Janeda_(Ambla)_vallavalitsus, lk 47
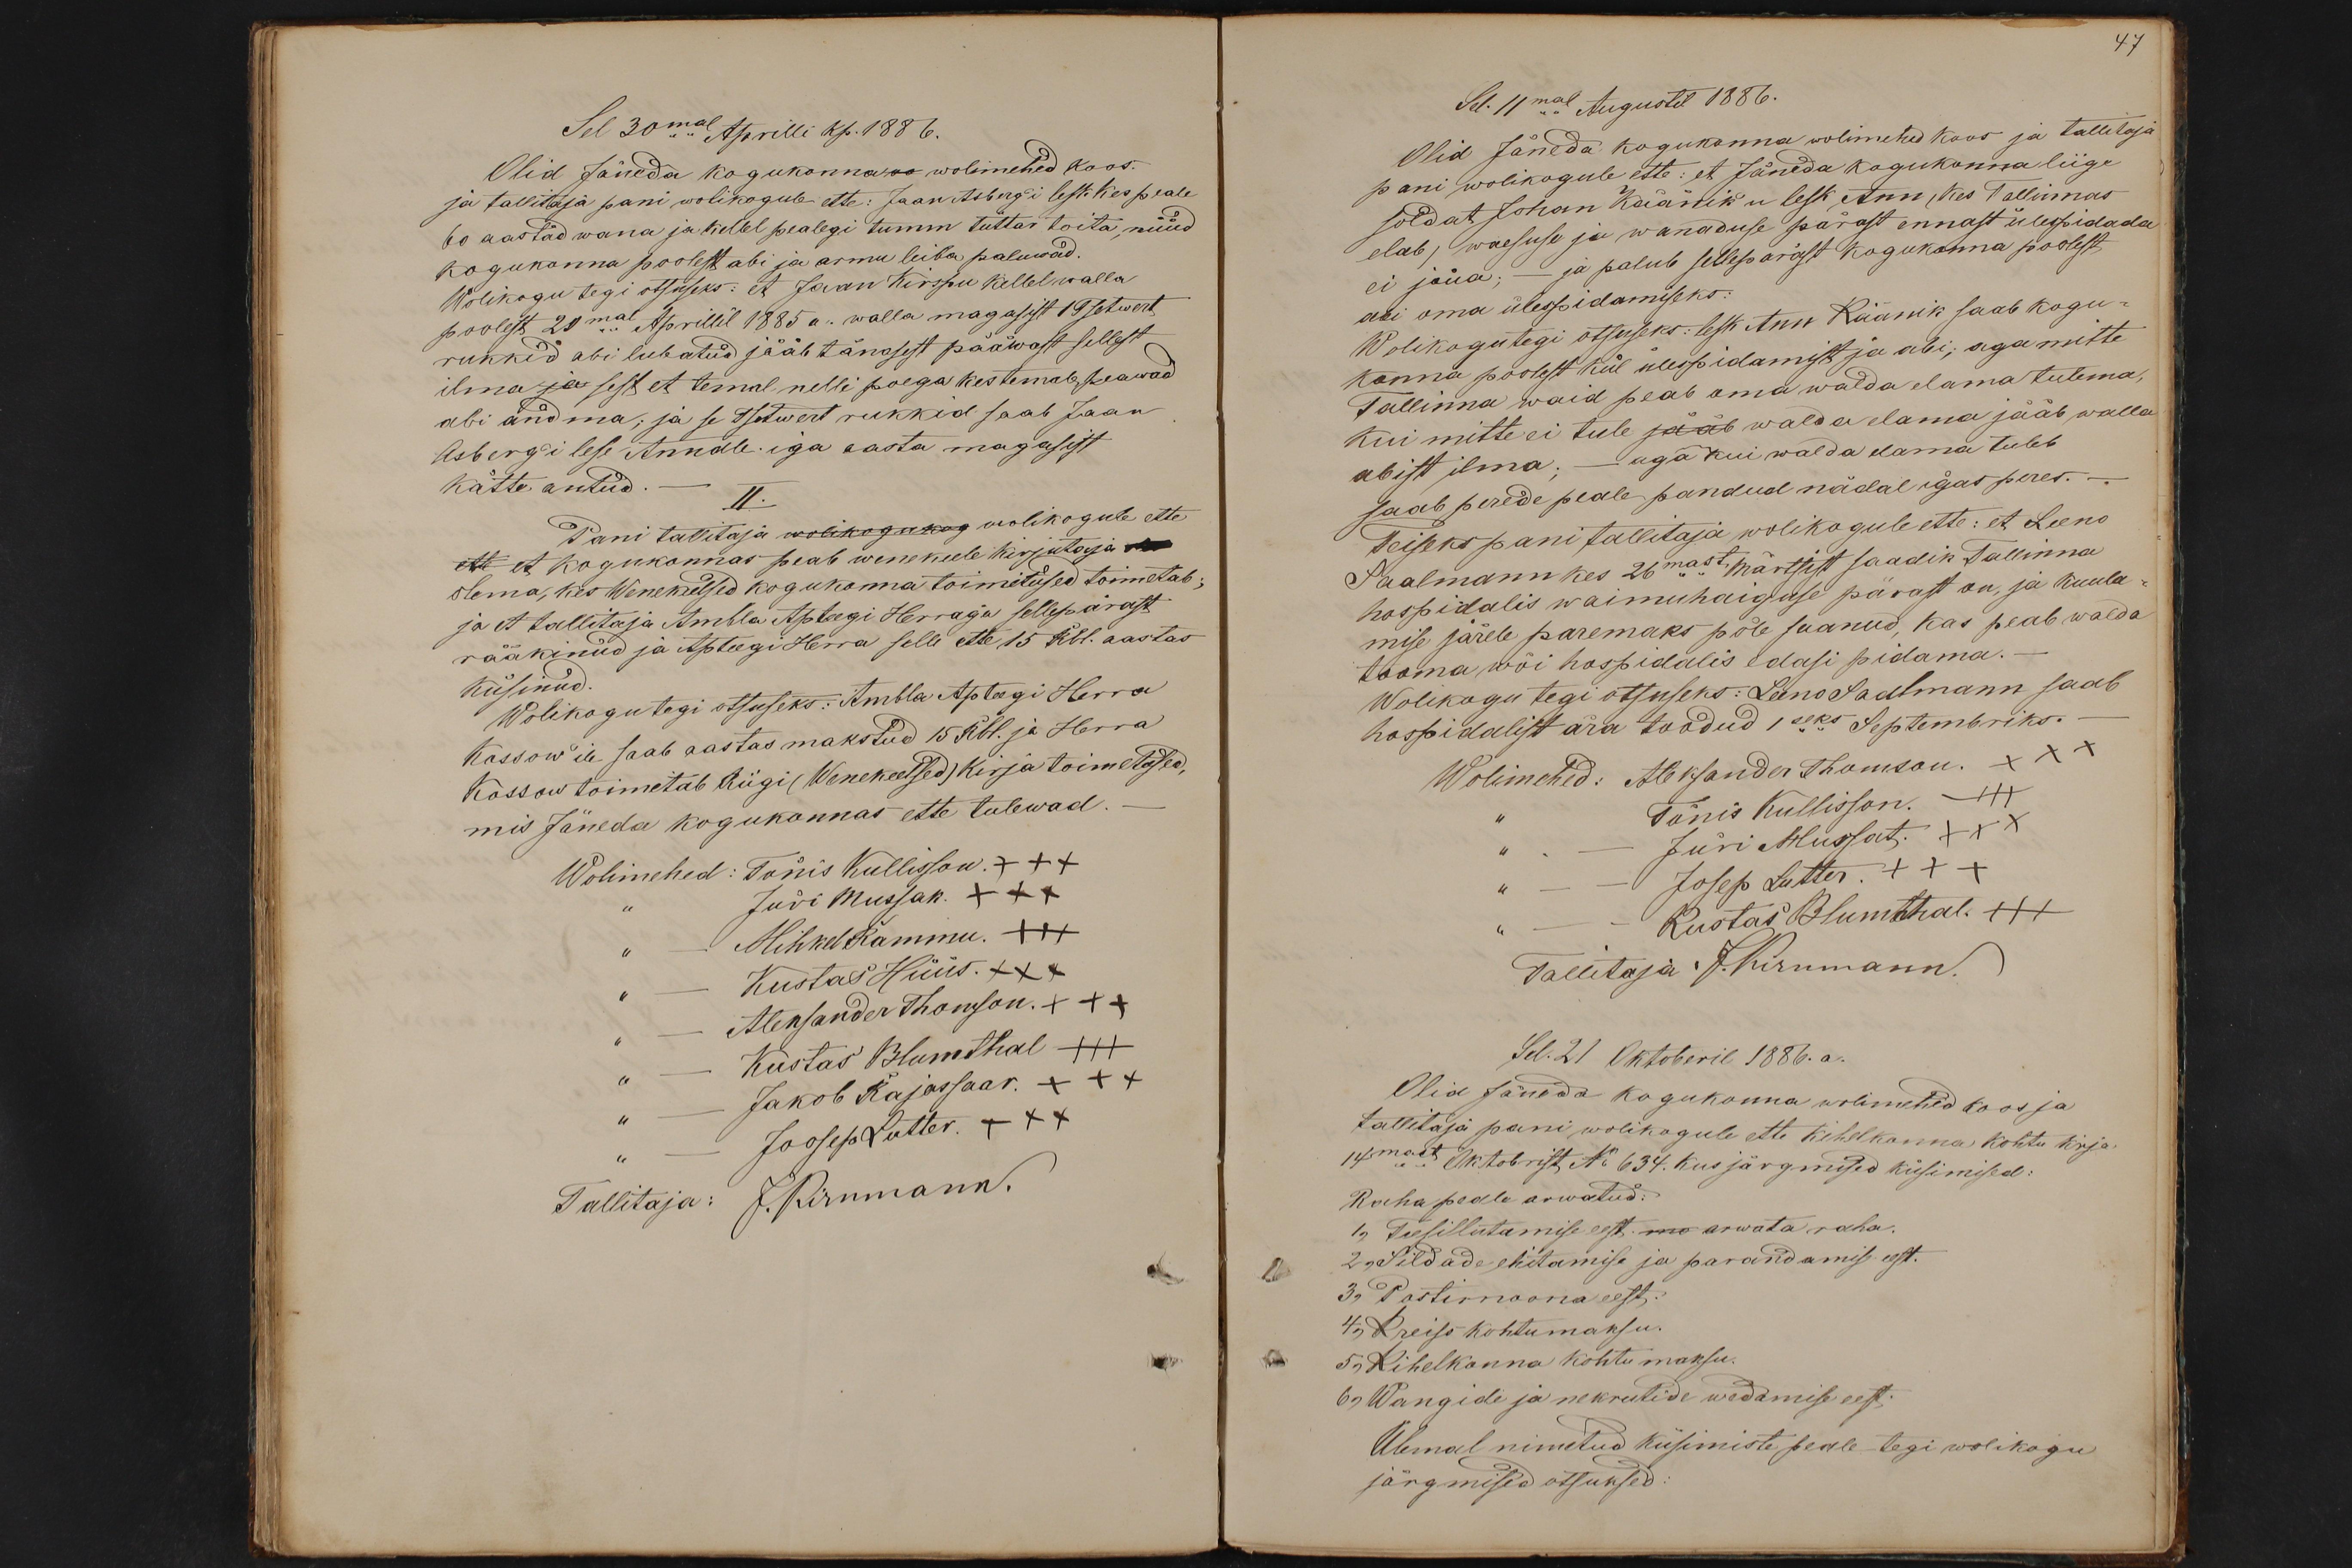
Sel 30mal Aprilli kp. 1886.
Olid Jäneda kogukonna vo wolimehed koos.
ja tallitaja pani wolikogule ette: Jaan Asberg'i lesk kes peale
60 aastad wana ja kellel pealegi tumm tüttar toita, nüüd
kogukonna poolest abi ja armu leiba paluwad.
Wolikogu tegi otsuseks: et Jaan Kirspu kellel walla
poolest 20mal Aprillil 1885 a . walla magasist 1 Tsetwert
rukkid abi lubatud jääb tänasest pääwast sellest
ilma ja sest et temal nelli poega kes temale peawad
abi andma, ja se Tsetwert rukkid saab Jaan
Asberg'i lese Annale iga aasta magasist
kätte antud.
II.
Pani tallitaja wolikogukog wolikogule ette
ette et kogukonnas peab wene keele kirjutaja se
olema, kes Wenekeelsed kogukonna toimetused toimetab
ja et tallitaja Ambla Apteegi Herraga sellepärast
rääkinud ja Apteegi Herra selle ette 15 Rbl. aastas
küsinud.
Wolikogu tegi otsuseks: Ambla Apteegi Herra
Kossow'ile saab aastas makstud 15 Rbl. ja Herra
Kossow toimetab Riigi (Wenekeelsed) kirja toimetused,
mis Jäneda kogukonnas ette tulewad.
Wolimehed: Tõnis Kullisson +++
Jüri Mussak. +++
Mihkel Rammu. +++
Kustas Hüüs. XXX
Aleksander Thomson. +++
Kustas Blumthal +++
Jakob Rajassaar ++x
Joosep Lutter. XXX
Tallitaja: J. Kirnmann.

47
Sel. 11mal Augustil 1886.
Olid Jäneda kogukonna wolimehed koos ja tallitaja
pani wolikogule ette: et Jäneda kogukonna liige
soldat Johan Käänik'u lesk Ann, kes Tallinnas
elab, waesuse ja wanaduse pärast ennast ülespidada
ei jõua; - ja palub sellepärast kogukonna poolest
abi oma ülespidamiseks:
Wolikogu tegi otsuseks: lesk Ann Käänik saab kogu-
konna poolest kül ülespidamist ja abi; aga mitte
Tallinna waid peab oma walda elama tulema
kui mitte ei tule jääb walda elama jääb walla
abist ilma; - aga kui walda elama tuleb
saab perede peale pandud nädal igas peres.-
Teiseks pani tallitaja wolikogule ette: et Leeno
Saalmann kes 26mast Märtsist saadik Tallinna
hospidalis waimuhaiguse pärast on, ja kuula
mise järele paremaks pole saanud, kas peab walda
tooma wõi hospidalis edasi pidama.-
Wolikogu tegi otsuseks: Leeno Saalmann saab
hospidalist ära toodud 1seks Septembriks.
Wolimehed: Aleksander Thomson. xxx
Tõnis Kullisson. +++
" - Jüri Mussat. XXX
" - - Josep Lutter. +++
" - Kustas Blumthal. +++
Tallitaja J. Kirnmann.
Sel. 21 Oktoberil 1886. a.
Olid Jäneda kogukonna wolimehed koos ja
tallitaja pani wolikogule ette kihelkonna kohtu kirja
14mast Oktobrist No 634. kus järgmised küsimised
Raha peale arwatud:
1, Teesillutamise eest mo arwata raha.
2, Sildade ehitamise ja parandamis eest.
3, Postimoona eest.
4, Kreiss kohtumaksu.
5, Kihelkonna kohtu maksu.
6, Wangide ja nekrutide wedamise eest.
Ülemal nimetud küsimiste peale tegi wolikogu
järgmised otsuksed